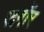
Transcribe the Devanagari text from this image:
जगोंर